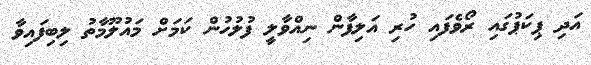
އަދި ޕިކަޕުގައި ރޯވެފައި ހުރި އަލިފާން ނިއްވާލީ ފުލުހުން ކަމަށް މައުލޫމާތު ލިބިފައިވާ